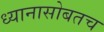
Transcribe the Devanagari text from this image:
ध्यानासोबतच